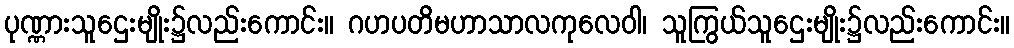
ပုဏ္ဏားသူဌေးမျိုး၌လည်းကောင်း။ ဂဟပတိမဟာသာလကုလေဝါ၊ သူကြွယ်သူဌေးမျိုး၌လည်းကောင်း။